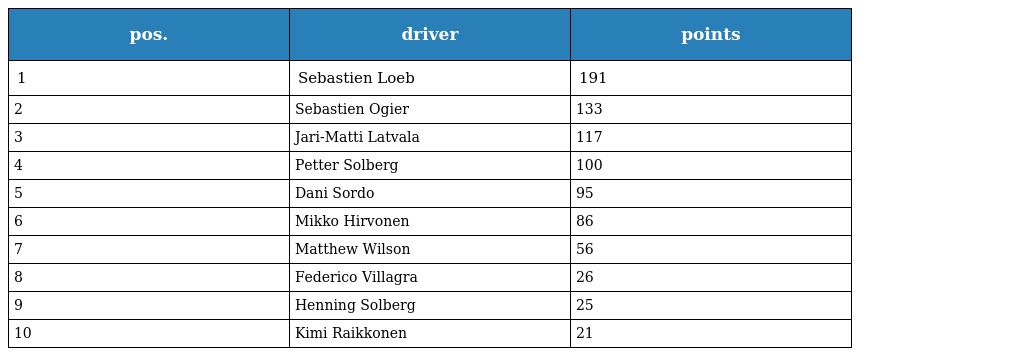
| pos. | driver | points |
 | --- | --- | --- |
 | 1 | Sebastien Loeb | 191 |
 | 2 | Sebastien Ogier | 133 |
 | 3 | Jari-Matti Latvala | 117 |
 | 4 | Petter Solberg | 100 |
 | 5 | Dani Sordo | 95 |
 | 6 | Mikko Hirvonen | 86 |
 | 7 | Matthew Wilson | 56 |
 | 8 | Federico Villagra | 26 |
 | 9 | Henning Solberg | 25 |
 | 10 | Kimi Raikkonen | 21 |